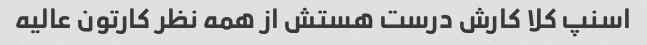
اسنپ کلا کارش درست هستش از همه نظر کارتون عالیه